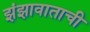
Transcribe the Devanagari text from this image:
झंझावाताची